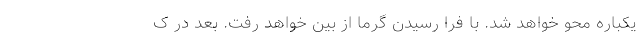
یکباره محو خواهد شد. با فرا رسیدن گرما از بین خواهد رفت. بعد در ک